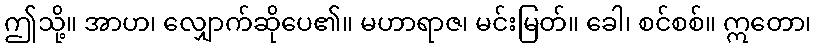
ဤသို့။ အာဟ၊ လျှောက်ဆိုပေ၏။ မဟာရာဇ၊ မင်းမြတ်။ ခေါ၊ စင်စစ်။ ဣတော၊